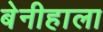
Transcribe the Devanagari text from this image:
बेनीहाला